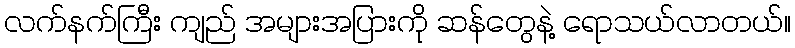
လက်နက်ကြီး ကျည် အများအပြားကို ဆန်တွေနဲ့ ရောသယ်လာတယ်။